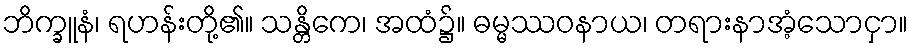
ဘိက္ခူနံ၊ ရဟန်းတို့၏။ သန္တိကေ၊ အထံ၌။ ဓမ္မဿဝနာယ၊ တရားနာအံ့သောငှာ။